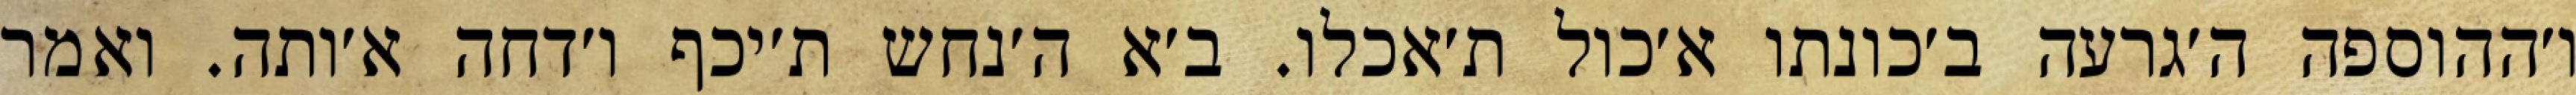
ו׳ההוספה ה׳גרעה ב׳כונתו א׳כול ת׳אכלו. ב׳א ה׳נחש ת׳יכף ו׳דחה א׳ותה. ואמר